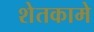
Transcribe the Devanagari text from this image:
शेतकामे